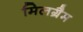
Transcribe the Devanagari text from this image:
मिलग्रैम